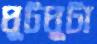
ঘুটঘুটা